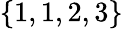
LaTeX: \{ 1,1,2,3\}